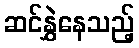
ဆင်နွှဲနေသည့်